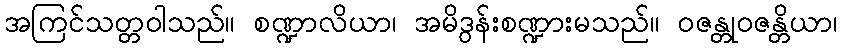
အကြင်သတ္တဝါသည်။ စဏ္ဍာလိယာ၊ အမိဒွန်းစဏ္ဍားမသည်။ ဝဇန္တုဝဇန္တိယာ၊